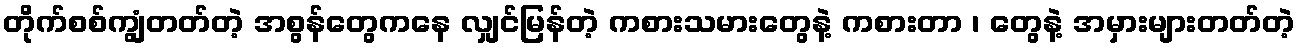
တိုက်စစ်ကျွံတတ်တဲ့ အစွန်တွေကနေ လျှင်မြန်တဲ့ ကစားသမားတွေနဲ့ ကစားတာ ၊ တွေနဲ့ အမှားများတတ်တဲ့